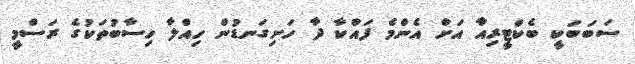
ސަބަބަކީ ބެކްޓީރިއާ އަށް އެންމެ ފައްކާ ދާ ހަށިގަނޑުން ހިއްލާ ހިސާބުތަކުގެ ރަސްމީ